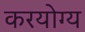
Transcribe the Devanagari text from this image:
करयोग्य